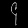
Digit: ၄